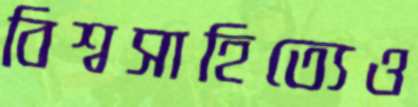
বিশ্বসাহিত্যেও